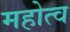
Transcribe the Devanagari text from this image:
महोत्व